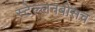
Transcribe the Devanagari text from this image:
स्‍टेल्‍लनबोसच